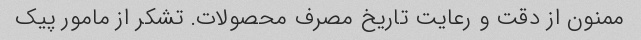
ممنون از دقت و رعایت تاریخ مصرف محصولات. تشکر از مامور پیک